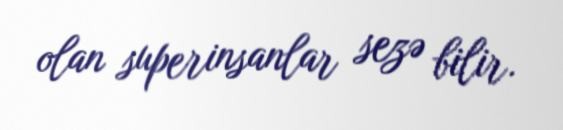
olan superinsanlar sezə bilir.